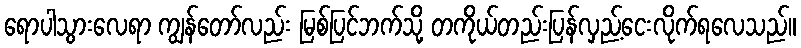
ရောပါသွားလေရာ ကျွန်တော်လည်း မြစ်ပြင်ဘက်သို့ တကိုယ်တည်းပြန်လှည့်ငေးလိုက်ရလေသည်။